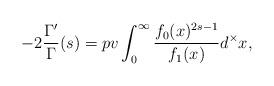
LaTeX: \begin{align*}-2\frac{\Gamma'}{\Gamma}(s)=pv\int_0^\infty\frac{f_0(x)^{2s-1}}{f_1(x)}d^\times x,\end{align*}